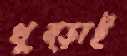
থুব্‌ড়াই